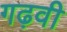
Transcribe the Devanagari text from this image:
गढ़वी